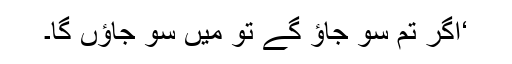
‘اگر تم سو جاؤ گے تو میں سو جاؤں گا۔